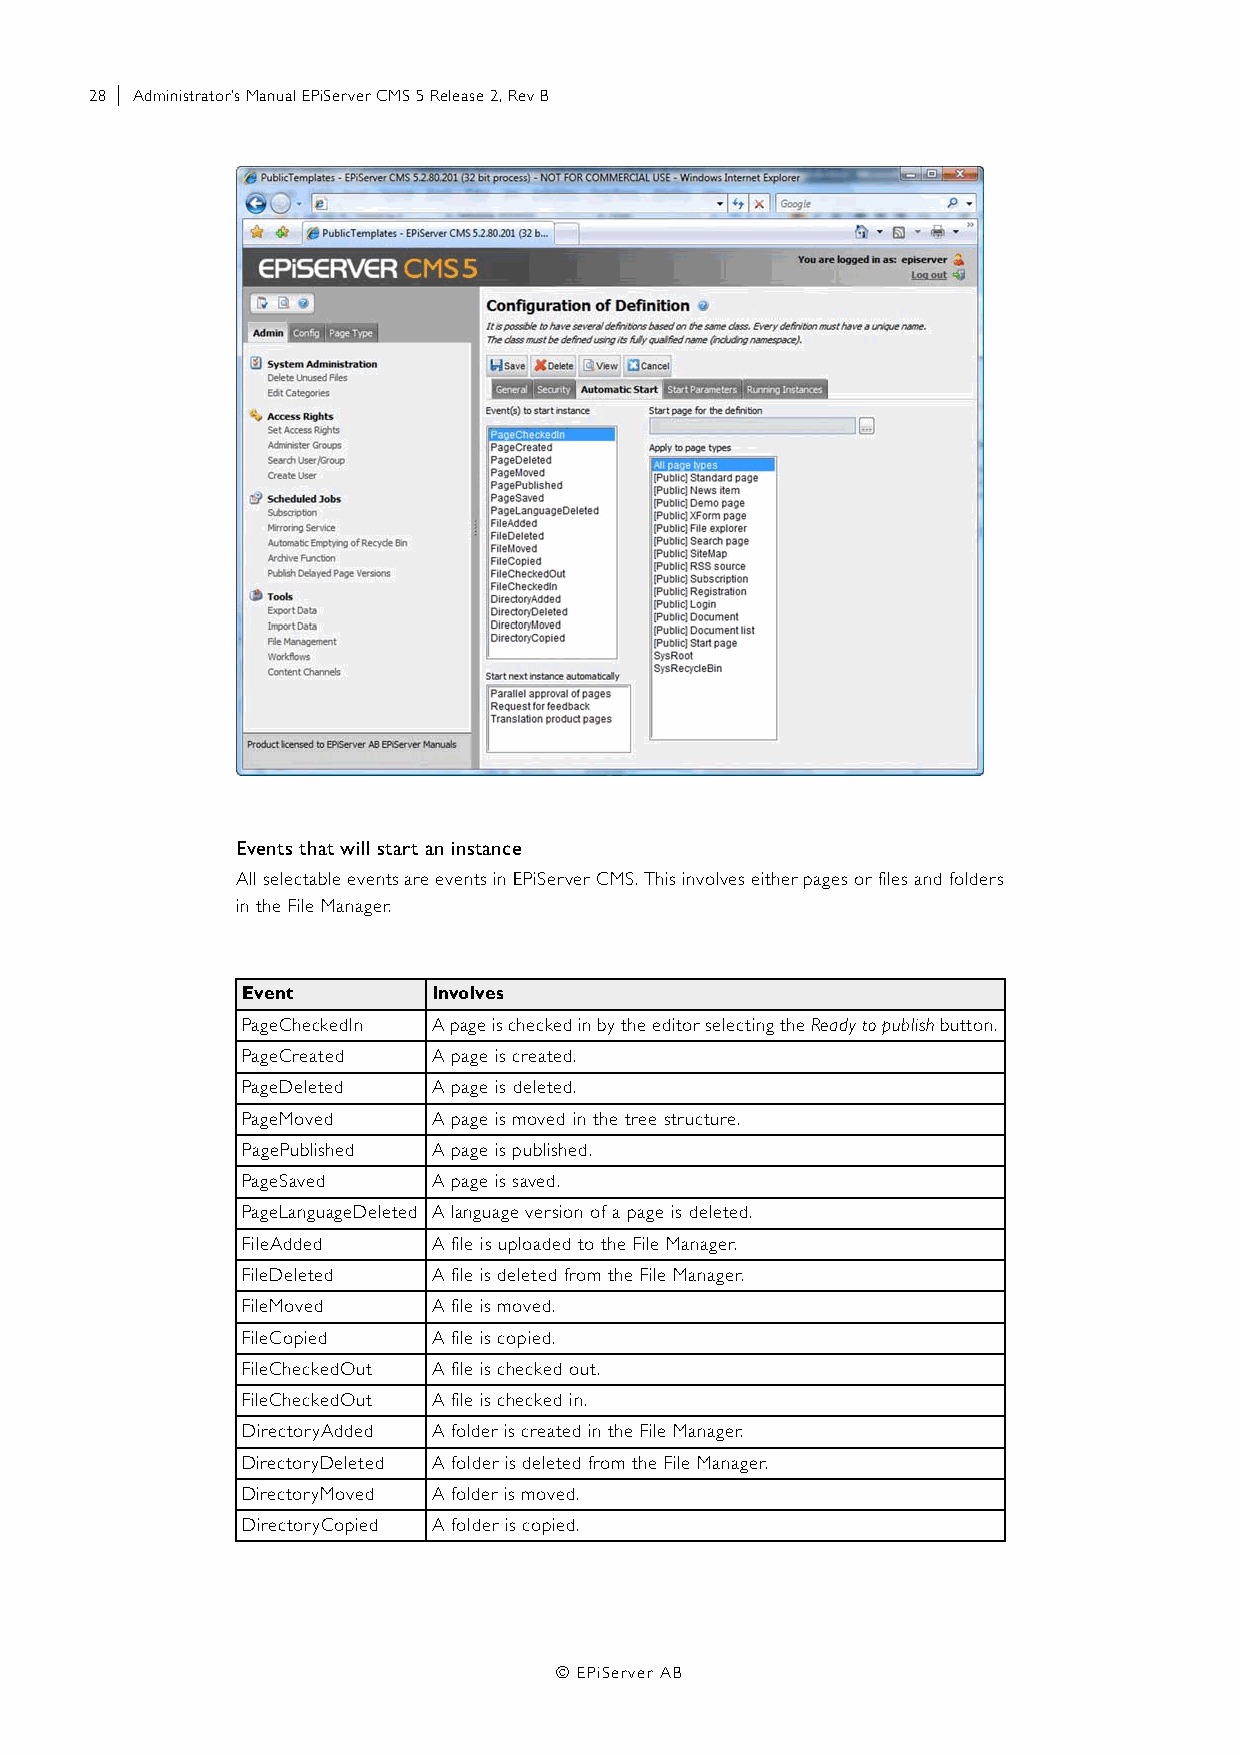
28 | Administrator’s Manual EPiServer CMS 5 Release 2, Rev B
 Events that will start an instance
 All selectable events are events in EPiServer CMS. This involves either pages or files and folders
 in the File Manager.
 Event        Involves
 PageCheckedIn A page is checked in by the editor selecting the Ready to publish button.
 PageCreated  A page is created.
 PageDeleted  A page is deleted.
 PageMoved    A page is moved in the tree structure.
 PagePublished A page is published.
 PageSaved    A page is saved.
 PageLanguageDeleted A language version of a page is deleted.
 FileAdded    A file is uploaded to the File Manager.
 FileDeleted  A file is deleted from the File Manager.
 FileMoved    A file is moved.
 FileCopied   A file is copied.
 FileCheckedOut A file is checked out.
 FileCheckedOut A file is checked in.
 DirectoryAdded A folder is created in the File Manager.
 DirectoryDeleted A folder is deleted from the File Manager.
 DirectoryMoved A folder is moved.
 DirectoryCopied A folder is copied.
 © EPiServer AB